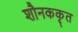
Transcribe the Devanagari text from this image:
शौनककृत